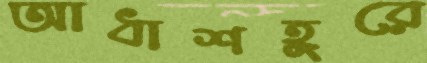
আধাশহুরে